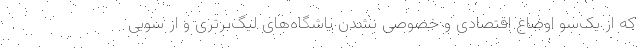
که از یک‌سو اوضاع اقتصادی و خصوصی نشدن باشگاه‌های لیگ‌برتری و از سویی